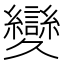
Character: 𦇥